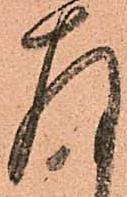
存